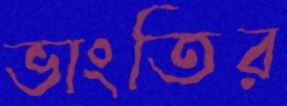
ভাংতির